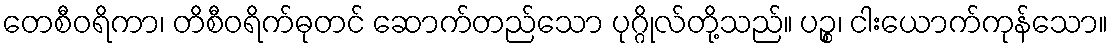
တေစီဝရိကာ၊ တိစီဝရိက်ဓုတင် ဆောက်တည်သော ပုဂ္ဂိုလ်တို့သည်။ ပဉ္စ၊ ငါးယောက်ကုန်သော။